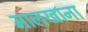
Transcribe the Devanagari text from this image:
मालखाना